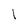
Character: l